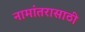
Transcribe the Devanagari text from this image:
नामांतरासाठी